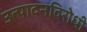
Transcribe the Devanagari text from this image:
उत्पादनविरोधी